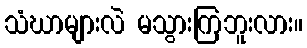
သံဃာများလဲ မသွားကြဘူးလား။